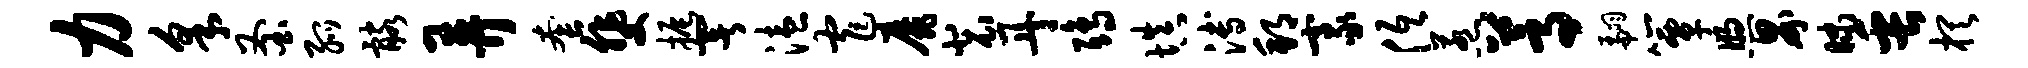
力采釜弧髂弄套斐振署溘窄靡裴丹鸱填溥邦豪低惹蒿翩簟煦界昧缶棋